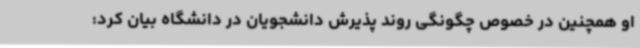
او همچنین در خصوص چگونگی روند پذیرش دانشجویان در دانشگاه بیان کرد: